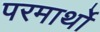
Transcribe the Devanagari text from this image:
परमार्थो